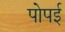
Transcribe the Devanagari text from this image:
पोपई